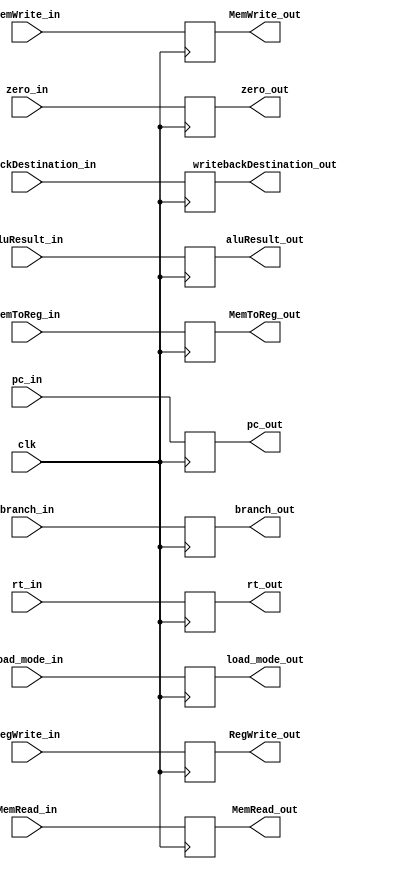
module EX_MEM_Reg (
input clk,
input RegWrite_in, 
input MemWrite_in, 
input MemRead_in, 
input MemToReg_in, 
input [31:0] pc_in, 
input zero_in, 
input [31:0] aluResult_in, 
input [31:0] rt_in, 
input [4:0] writebackDestination_in,
input [1:0] load_mode_in,
input branch_in,
output reg RegWrite_out,
output reg MemWrite_out,
output reg MemRead_out,
output reg MemToReg_out,
output reg [31:0] pc_out,
output reg zero_out,
output reg [31:0] aluResult_out,
output reg [31:0] rt_out,
output reg [4:0] writebackDestination_out,
output reg [1:0] load_mode_out,
output reg branch_out);

always @(posedge clk)
begin
	zero_out <= zero_in;
	writebackDestination_out <= writebackDestination_in;
	aluResult_out <= aluResult_in;
	rt_out <= rt_in;
	pc_out <= pc_in;
	
	// control signals passed from decode stage to mem stage
	RegWrite_out <= RegWrite_in;
	MemWrite_out <= MemWrite_in;
	MemRead_out <= MemRead_in;
	MemToReg_out <= MemToReg_in;
	load_mode_out <= load_mode_in;
	branch_out <= branch_in;

end

endmodule